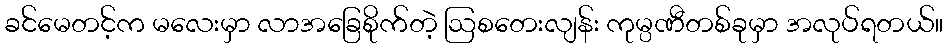
ခင်မေတင့်က မလေးမှာ လာအခြေစိုက်တဲ့ ဩစတေးလျန်း ကုမ္ပဏီတစ်ခုမှာ အလုပ်ရတယ်။